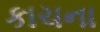
કાચના